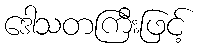
ဒေါသတကြီးဖြင့်